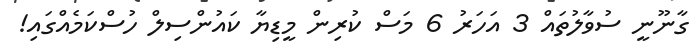
ގާނޫނީ ސުވާލުތައް 3 އަހަރު 6 މަސް ކުރިން މީޑިޔާ ކައުންސިލް ހުސްކަމެއްގައި!